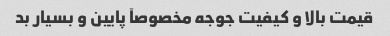
قیمت بالا و کیفیت جوجه مخصوصآ پایین و بسیار بد